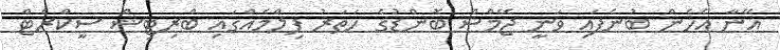
އޭނާ އެހެން ބުނެފައި ވަނީ ޖޭމްސް ބޮންޑުގެ ހަތަރު ފިލްމެއްގައި ބްރިޓިޝް ސީކްރެޓް